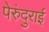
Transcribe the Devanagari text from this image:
पेरुंदुराई